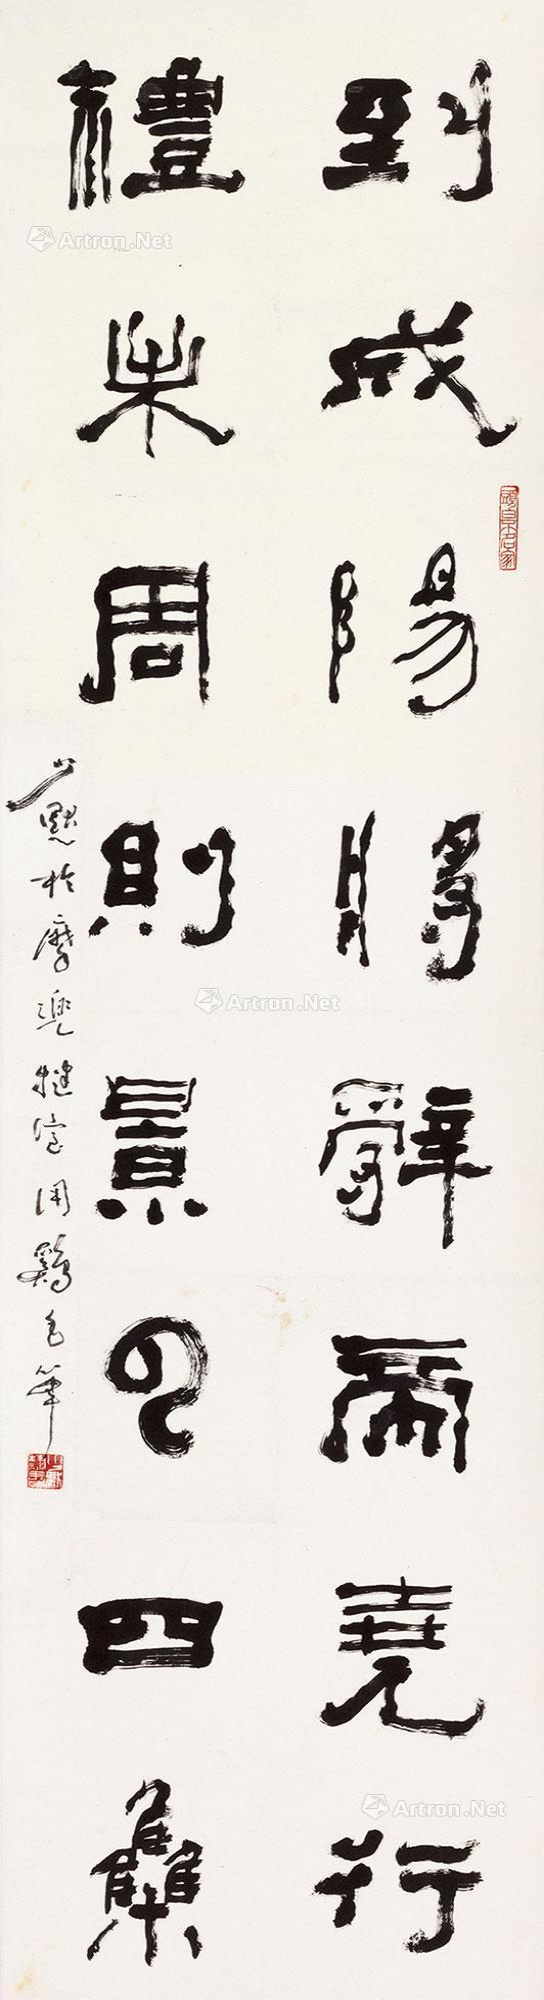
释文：到成阳，将辞帝尧，行礼未周，则景云四集。少默于摩兜犍室用鸡毛笔。